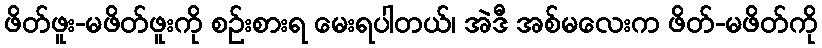
ဖိတ်ဖူး-မဖိတ်ဖူးကို စဉ်းစားရ မေးရပါတယ်၊ အဲဒီ အစ်မလေးက ဖိတ်-မဖိတ်ကို